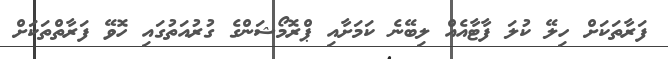
ފަރާތަކަށް ހިލޭ ކުލަ ފާޓާއެއް ލިބޭނެ ކަމަށާއި ޕްރޮމޯޝަންގެ ގުރުއަތުގައި ހޮވޭ ފަރާތްތަކަށް